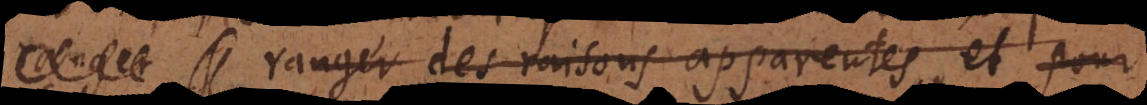
ranger des raisons apparentes, et pour